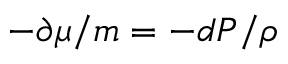
- \partial \mu / m = - d P / \rho